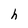
Character: h